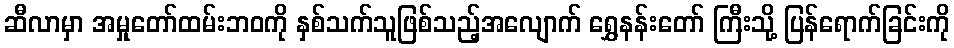
ဆီလာမှာ အမှုတော်ထမ်းဘဝကို နှစ်သက်သူဖြစ်သည့်အလျောက် ရွှေနန်းတော် ကြီးသို့ ပြန်ရောက်ခြင်းကို